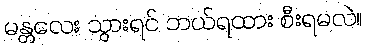
မန္တလေး သွားရင် ဘယ်ရထား စီးရမလဲ။